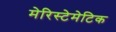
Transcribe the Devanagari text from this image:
मेरिस्टेमेटिक